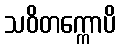
သဝိတက္ကောပိ